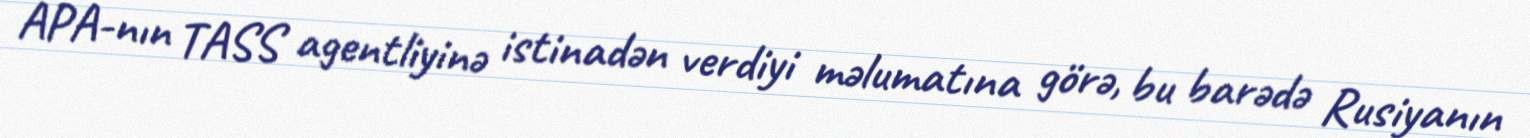
APA-nın TASS agentliyinə istinadən verdiyi məlumatına görə, bu barədə Rusiyanın